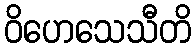
ဝိဟေသေသီတိ